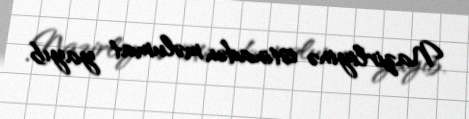
Nazirliyinə istinadən məlumat yayıb.